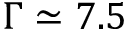
\Gamma \simeq 7 . 5